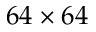
6 4 \times 6 4